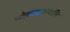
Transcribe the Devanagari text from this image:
लोकवनस्पति